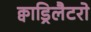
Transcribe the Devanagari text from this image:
क्वाड्रिलैटरो